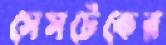
সেসটেকের